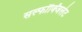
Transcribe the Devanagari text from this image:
सल्फॉक्जिलेट